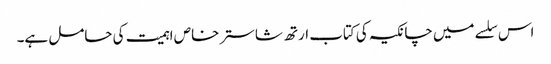
اس سلسے میں چانکیہ کی کتاب ارتھ شاستر خاص اہمیت کی حامل ہے۔